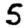
Digit: 5